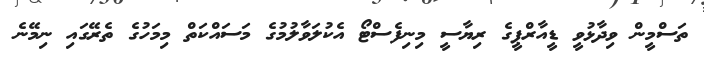
ތަސްމީން ވިދާޅުވީ ޑީއާރްޕީގެ ރިޔާސީ މިނިފެސްޓޯ އެކުލަވާލުމުގެ މަސައްކަތް މިމަހުގެ ތެރޭގައި ނިމޭނެ